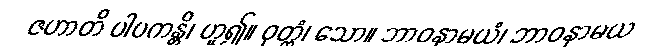
ဇဟာတိ ပါပကန္တိ၊ ဟူ၍။ ဝုတ္တံ၊ သော။ ဘာဝနာမယံ၊ ဘာဝနာမယ